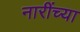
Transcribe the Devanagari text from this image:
नारींच्या